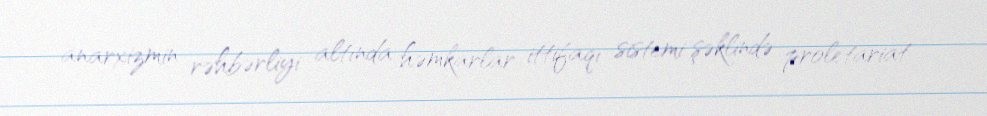
anarxizmin rəhbərliyi altında həmkarlar ittifaqı sistemi şəklində proletariat